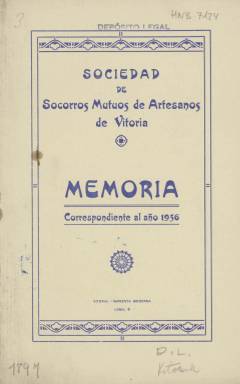
Título: Memoria / Sociedad de Socorros Mutuos de Artesanos de Vitoria
Colección: Anuarios e informes || Economía
Ámbito geográfico: Álava
Lugar de publicación: Vitoria
Fechas: 01/01/1936-31/12/1937